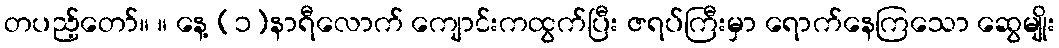
တပည့်တော်။ ။ နေ့ (၁)နာရီလောက် ကျောင်းကထွက်ပြီး ဇရပ်ကြီးမှာ ရောက်နေကြသော ဆွေမျိုး